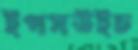
ইপসউইচ